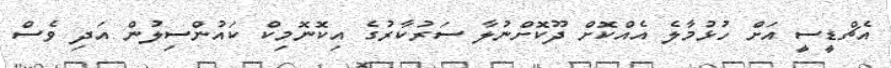
އެޗްޑީސީ އަށް ހުޅުމާލެ އެއްކޮށް ދޫކޮށްނުލާ ސަރުކާރުގެ އިކޮނޮމިކް ކައުންސިލުން އަދި ވެސް